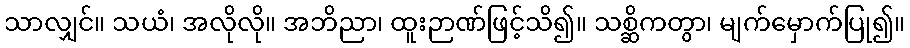
သာလျှင်။ သယံ၊ အလိုလို။ အဘိညာ၊ ထူးဉာဏ်ဖြင့်သိ၍။ သစ္ဆိကတွာ၊ မျက်မှောက်ပြု၍။